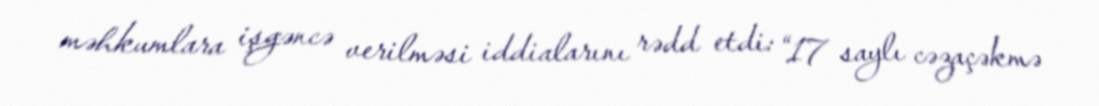
məhkumlara işgəncə verilməsi iddialarını rədd etdi: “17 saylı cəzaçəkmə